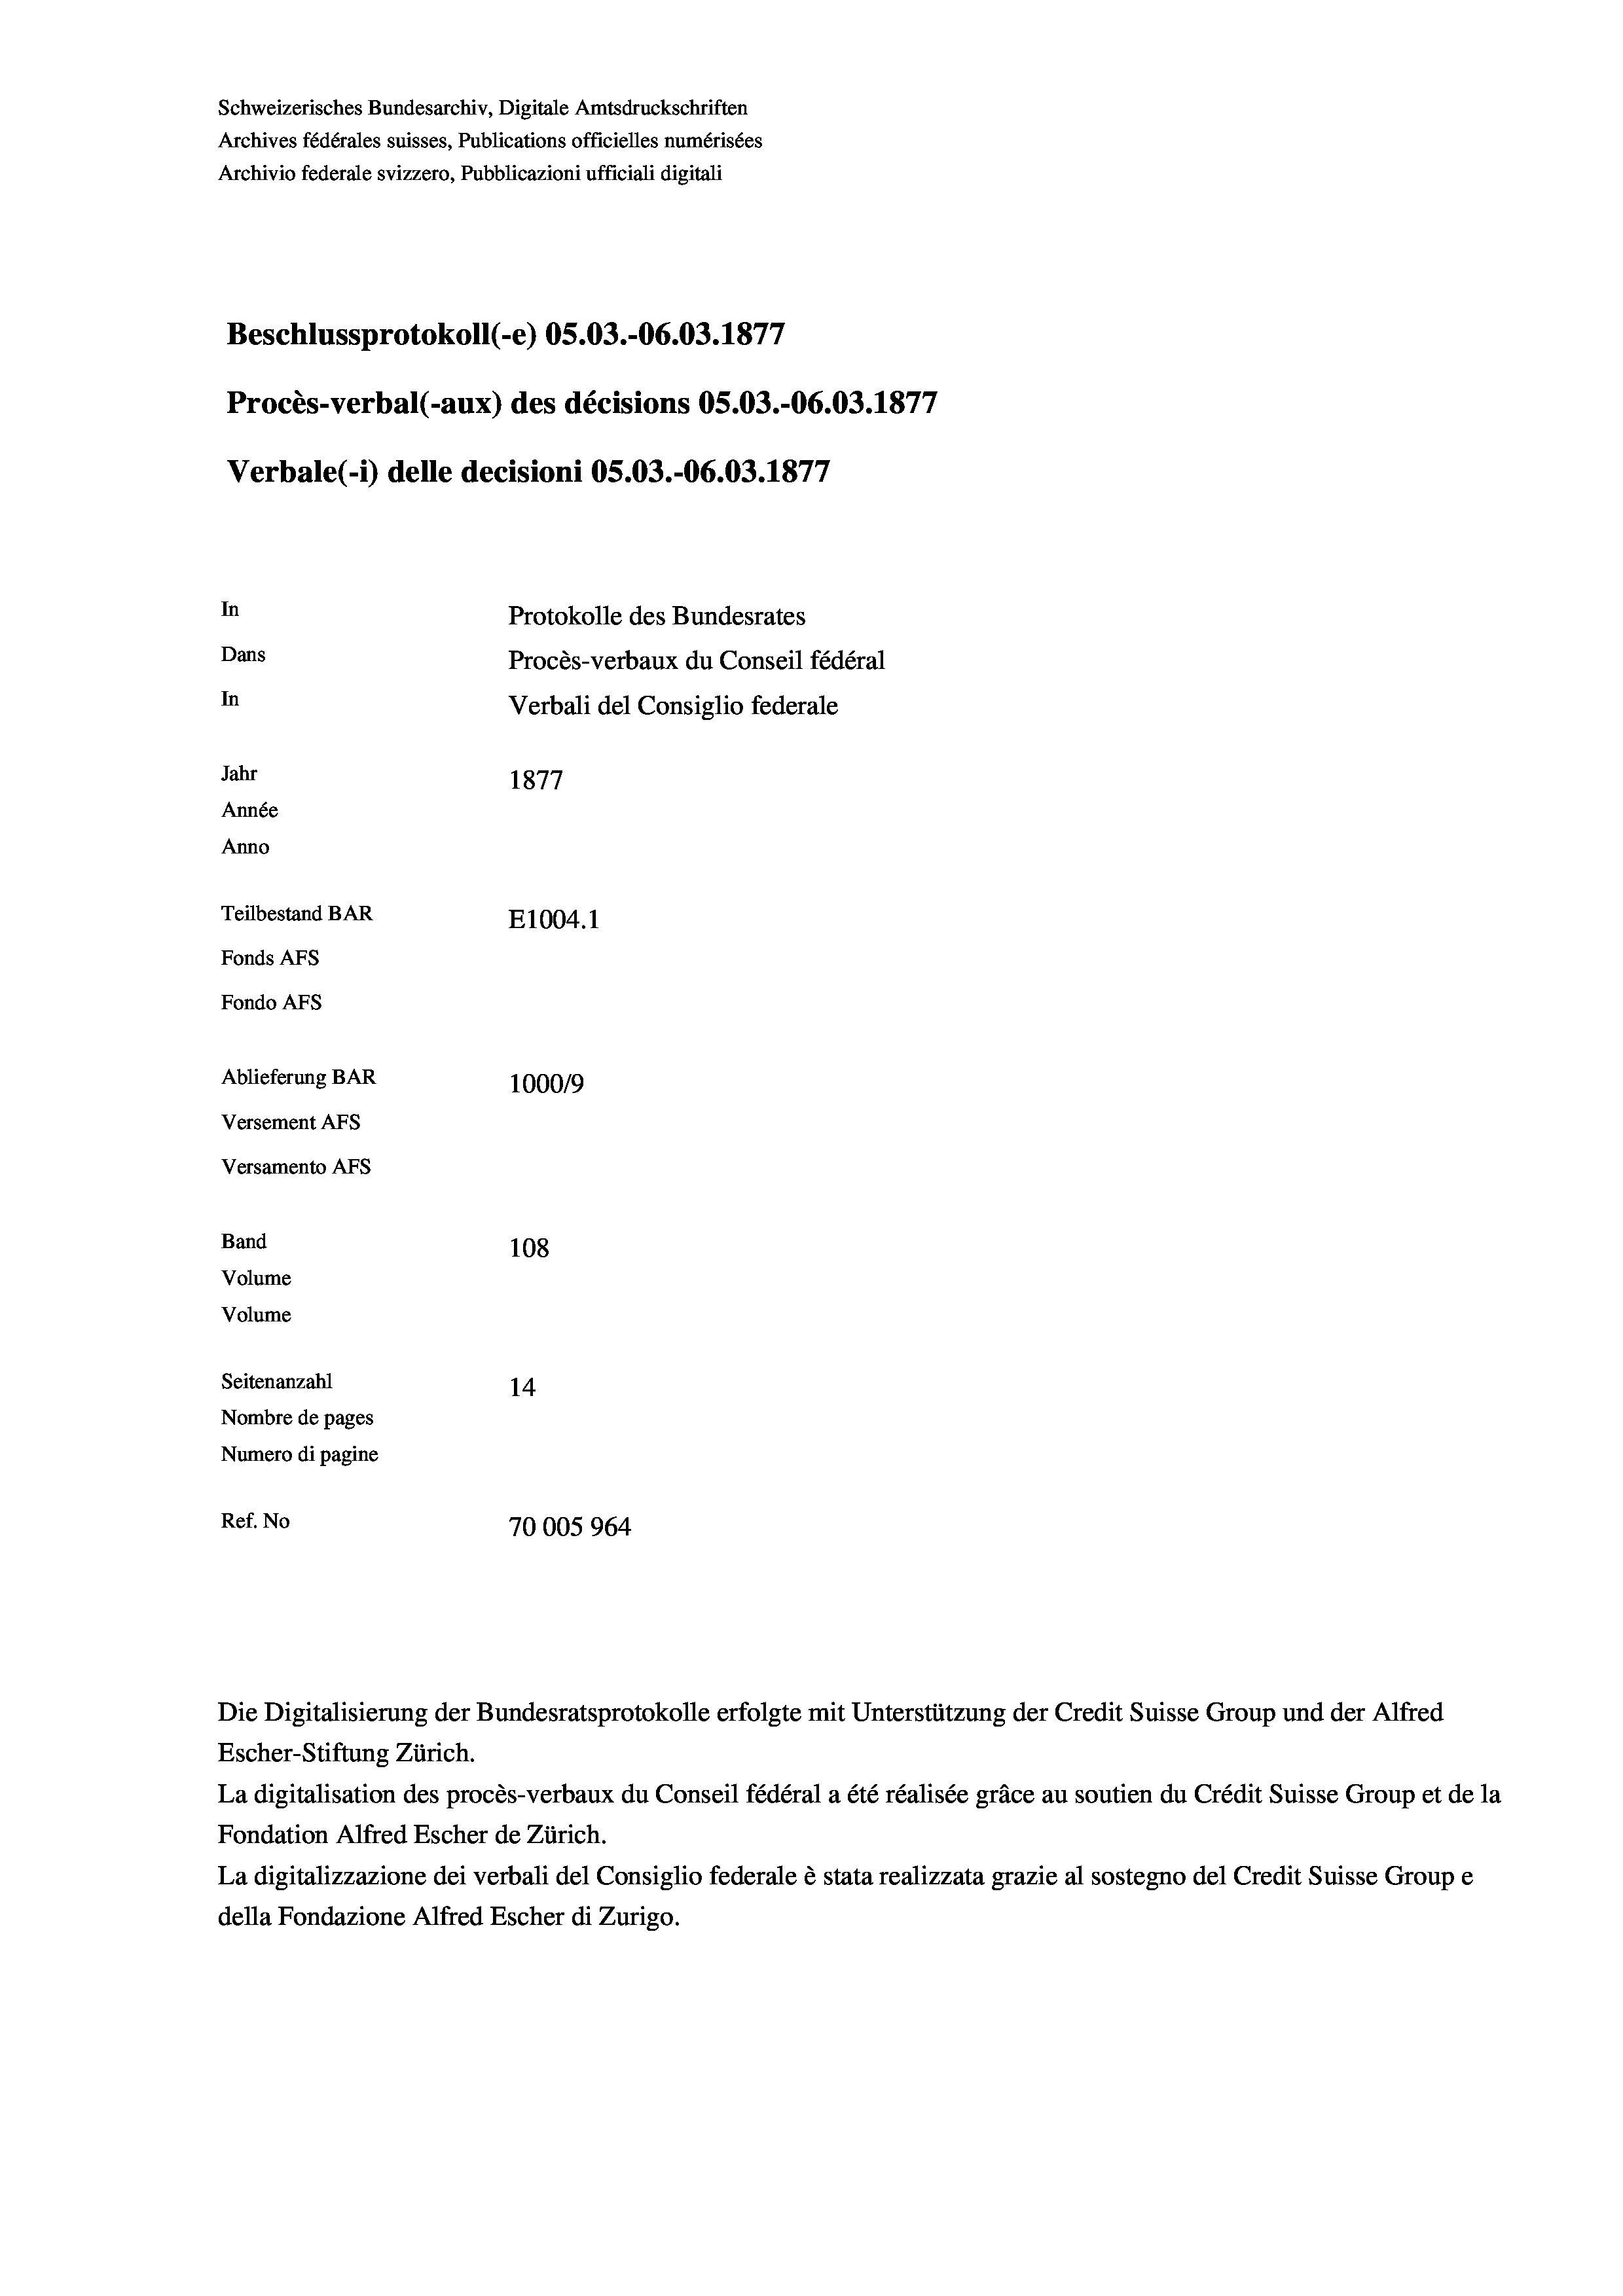
Schweizerisches Bundesarchiv, Digitale Amtsdruckschriften
Archives fédérales suisses, Publications officielles numérisées
Archivio federale svizzero, Pubblicazioni ufficiali digitali
Beschlussprotokoll (e) OS.03.-O6.03. 1877
Procès-verbal (-aux) des décisions OS.O3.-06.03. 1877
Verbale(*) delle decisioni OS.03.-O6.03. 1877
In
Protokolle des Bundesrates
Dans
Procès-verbaux du Conseil fédéral
In
Verbali del Consiglio federale
Jahr
1877
Année
Anno
Teilbestand BAR
E1004.1
Fonds AFs
Fondo Afs
Ablieferung BAR
100019
Versement AFs
Versamento Afs
Band
108
Volume
Volume
Seitenanzahl
14
Nombre de pages
Numero di pagine
Ref. No
70005964

La digitalisation des procès-verbaux du Conseil fédéral a été réalisée gräce au soutien du Crédit Suisse Group et de la
Fondation Alfred Escher de Zürich.
La digitalizzazione dei verbali del Consiglio federale è stata realizzata grazie al sostegno del Credit Suisse Groupe
della Fondazione Alfred Escher di Zurigo.

Die Digitalisierung der Bundesratsprotokolle erfolgte mit Unterstützung der Credit Suisse Group und der Alfred
Escher-Stiftung Zürich.